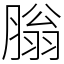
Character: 䐥